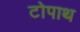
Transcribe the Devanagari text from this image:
टोपाथ